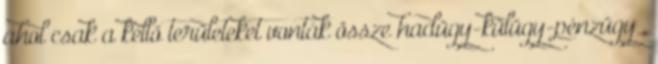
ahol csak a kellő területeket vonták össze hadügy-külügy-pénzügy ,